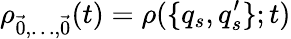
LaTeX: \rho_{\vec{0},\ldots,\vec{0}}(t)=\rho(\{ q_{s},q_{s}^{\prime}\} ;t)